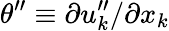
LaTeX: {\theta}^{\prime\prime}\equiv\partial{u}_{k}^{\prime\prime}/\partial x_{k}